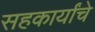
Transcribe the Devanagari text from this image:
सहकार्यांचे